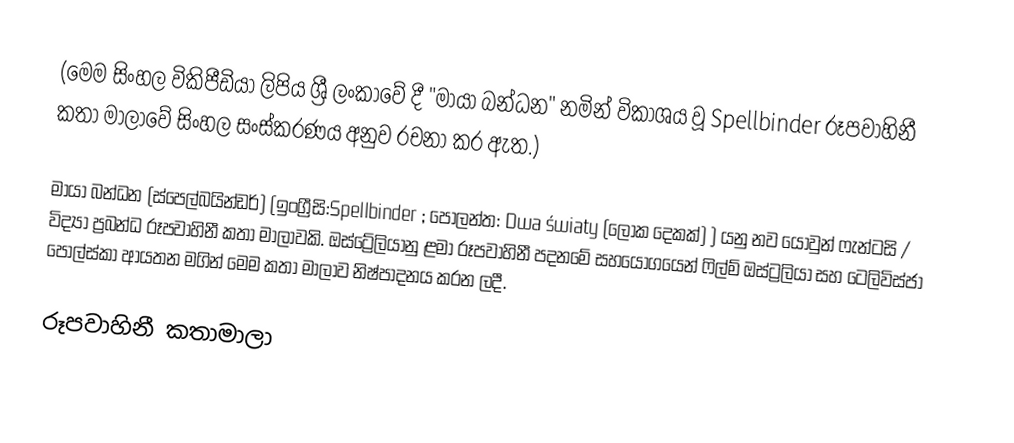
(මෙම සිංහල විකිපීඩියා ලිපිය ශ්‍රී ලංකාවේ දී "මායා බන්ධන" නමින් විකාශය වූ Spellbinder රූපවාහිනී කතා මාලාවේ සිංහල සංස්කරණය අනුව රචනා කර ඇත.)

මායා බන්ධන (ස්පෙල්බයින්ඩර්) (ඉංග්‍රීසි:Spellbinder ; පෝලන්ත: Dwa światy (ලෝක දෙකක්) ) යනු නව යොවුන් ෆැන්ටසි / විද්‍යා ප්‍රබන්ධ රූපවාහිනී කතා මාලාවකි. ඔස්ට්‍රේලියානු ළමා රූපවාහිනී පදනමේ සහයෝගයෙන් ෆිල්ම් ඔස්ට්‍රලියා සහ ටෙලිවිස්ජා පොල්ස්කා ආයතන මගින් මෙම කතා මාලාව නිෂ්පාදනය කරන ලදී.

රූපවාහිනී කතාමාලා